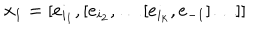
LaTeX: x _ { 1 } = [ e _ { i _ { 1 } } , [ e _ { i _ { 2 } } , \ldots [ e _ { i _ { k } } , e _ { - 1 } ] \ldots ] ]